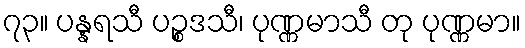
၇၃။ ပန္နရသီ ပဉ္စဒသီ၊ ပုဏ္ဏမာသီ တု ပုဏ္ဏမာ။